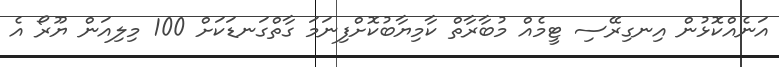
އަނެއްކޮޅުން އިނގިރޭސި ޓީމެއް މުބާރާތް ކާމިޔާބުކޮށްފިނަމަ ގާތްގަނޑަކަށް 100 މިލިއަން ޔޫރޯ އެ